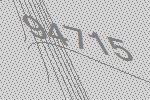
94715